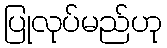
ပြုလုပ်မည်ဟု